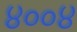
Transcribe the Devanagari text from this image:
४००४